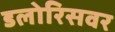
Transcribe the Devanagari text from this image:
डलोरिसवर